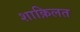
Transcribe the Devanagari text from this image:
शाक़िलत